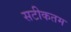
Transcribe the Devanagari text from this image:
सटीकतम